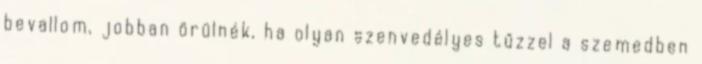
bevallom, jobban örülnék, ha olyan szenvedélyes tűzzel a szemedben